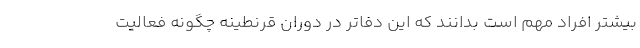
بیشتر افراد مهم است بدانند که این دفاتر در دوران قرنطینه چگونه فعالیت